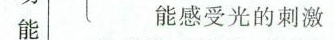
能 能感受光的刺激